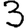
Digit: 3